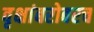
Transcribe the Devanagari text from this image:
वृक्षांबरोबरच